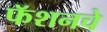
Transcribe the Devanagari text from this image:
फॅशनचे